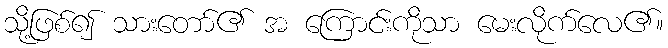
သို့ဖြစ်၍ သားတော်၏ အ ကြောင်းကိုသာ မေးလိုက်လေ၏။